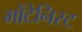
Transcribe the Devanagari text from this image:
मोंटेनिस्ट